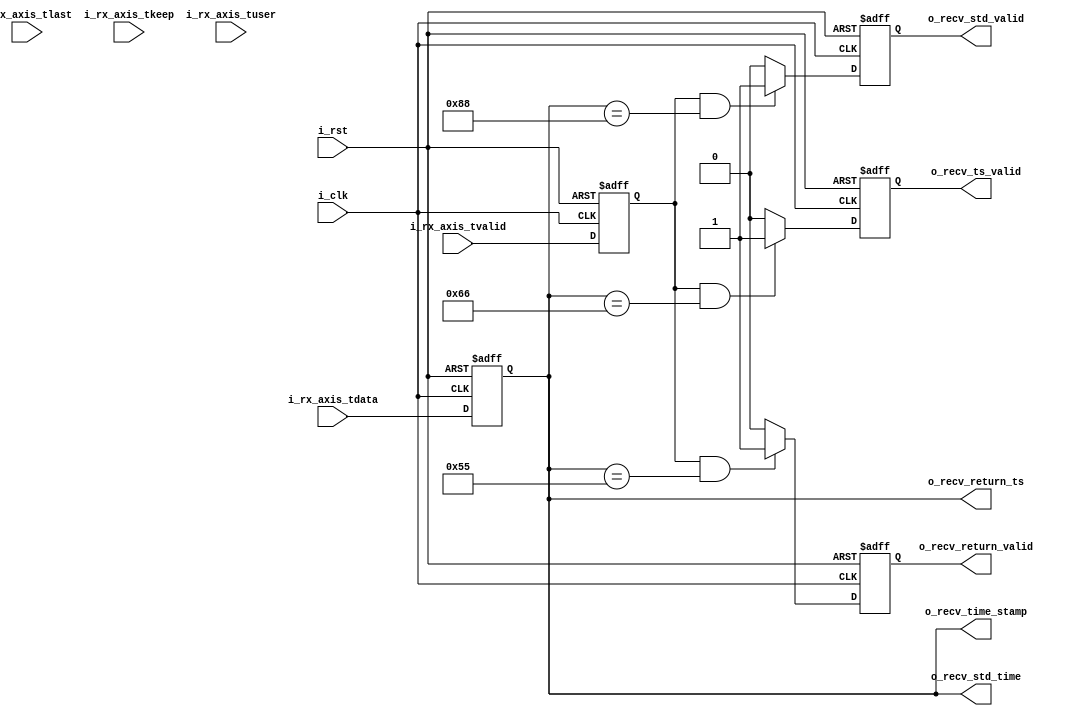
`timescale 1ns / 1ps
//////////////////////////////////////////////////////////////////////////////////
// Company: 
// Engineer: 
// 
// Design Name: 
// Module Name: time_syn_rx
// Project Name: 
// Target Devices: 
// Tool Versions: 
// Description: 
// 
// Dependencies: 
// 
// Revision:
// Revision 0.01 - File Created
// Additional Comments:
// 
//////////////////////////////////////////////////////////////////////////////////


module time_syn_rx(
    input           i_clk               ,
    input           i_rst               ,
    /*----ctrl port----*/
    output [63:0]   o_recv_time_stamp   ,
    output          o_recv_ts_valid     ,
    output [63:0]   o_recv_std_time     ,
    output          o_recv_std_valid    ,
    output [63:0]   o_recv_return_ts    ,
    output          o_recv_return_valid ,
    /*----axis port----*/
    input           i_rx_axis_tvalid    ,
    input  [63:0]   i_rx_axis_tdata     ,
    input           i_rx_axis_tlast     ,
    input  [7 :0]   i_rx_axis_tkeep     ,
    input           i_rx_axis_tuser      
);
//*********************************************parameter*************************************************//
localparam      P_TS_PRE        =   64'h00_00_00_00_00_00_66;//102
localparam      P_STD_PRE       =   64'h00_00_00_00_00_00_88;//136
localparam      P_RETURN_PRE    =   64'h00_00_00_00_00_00_55;//85
localparam      P_FRAME_LEN     =   8'd8;
//*********************************************function**************************************************//

//***********************************************FSM*****************************************************//

//***********************************************reg*****************************************************//
reg             ri_rx_axis_tvalid   ;
reg  [63:0]     ri_rx_axis_tdata    ;
reg             ri_rx_axis_tlast    ;
reg  [7 :0]     ri_rx_axis_tkeep    ;
reg             ri_rx_axis_tuser    ;
reg  [63:0]     ro_recv_time_stamp  ;
reg             ro_recv_ts_valid    ;
reg  [63:0]     ro_recv_std_time    ;
reg             ro_recv_std_valid   ;
reg  [63:0]     ro_recv_return_ts   ;
reg             ro_recv_return_valid;
//***********************************************wire****************************************************//

//*********************************************component*************************************************//

//**********************************************assign***************************************************//
assign  o_recv_time_stamp   = ri_rx_axis_tdata      ;
assign  o_recv_ts_valid     = ro_recv_ts_valid      ;
assign  o_recv_std_time     = ri_rx_axis_tdata      ;
assign  o_recv_std_valid    = ro_recv_std_valid     ;
assign  o_recv_return_ts    = ri_rx_axis_tdata      ;
assign  o_recv_return_valid = ro_recv_return_valid  ;
//**********************************************always***************************************************//
always @(posedge i_clk or posedge i_rst)begin
    if(i_rst)begin
        ri_rx_axis_tvalid <= 'd0;
        ri_rx_axis_tdata  <= 'd0;
        ri_rx_axis_tlast  <= 'd0;
        ri_rx_axis_tkeep  <= 'd0;
        ri_rx_axis_tuser  <= 'd0;
    end
    else begin
        ri_rx_axis_tvalid <= i_rx_axis_tvalid;
        ri_rx_axis_tdata  <= i_rx_axis_tdata ;
        ri_rx_axis_tlast  <= i_rx_axis_tlast ;
        ri_rx_axis_tkeep  <= i_rx_axis_tkeep ;
        ri_rx_axis_tuser  <= i_rx_axis_tuser ;        
    end
end
 
always @(posedge i_clk or posedge i_rst)begin
    if(i_rst)
        ro_recv_ts_valid   <= 'd0;       
    else if(ri_rx_axis_tvalid && ri_rx_axis_tdata == P_TS_PRE)
        ro_recv_ts_valid   <= 'd1;         
    else 
        ro_recv_ts_valid   <= 'd0;            
end

always @(posedge i_clk or posedge i_rst)begin
    if(i_rst)begin
        ro_recv_std_valid <= 'd0;       
    end
    else if(ri_rx_axis_tvalid && ri_rx_axis_tdata == P_STD_PRE)begin
        ro_recv_std_valid <= 'd1;         
    end
    else begin
        ro_recv_std_valid <= 'd0;            
    end
end

always @(posedge i_clk or posedge i_rst)begin
    if(i_rst)begin
        ro_recv_return_valid <= 'd0;       
    end
    else if(ri_rx_axis_tvalid && ri_rx_axis_tdata == P_RETURN_PRE)begin
        ro_recv_return_valid <= 'd1;         
    end
    else begin
        ro_recv_return_valid <= 'd0;            
    end
end


endmodule